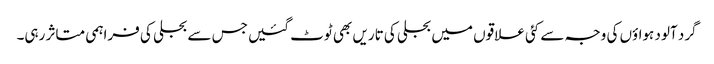
گرد آلود ہواؤں کی وجہ سے کئی علاقوں میں بجلی کی تاریں بھی ٹوٹ گئیں جس سے بجلی کی فراہمی متاثر رہی۔